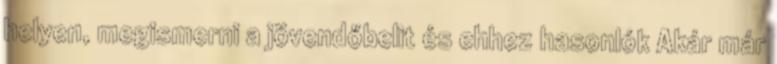
helyen, megismerni a jövendőbelit és ehhez hasonlók Akár már